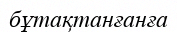
бұтақтанғанға